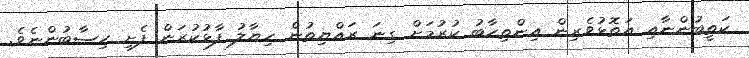
ކަތީބުންނާއި އަތޮޅުވެރިން އިންތިހާބު ކުރުމަށް ގިނަ ރައްޔިތުން ހިޔާލު ފާޅުކުރަން ފެށި ހިސާބުންނެވެ.